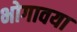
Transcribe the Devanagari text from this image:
भोगावया